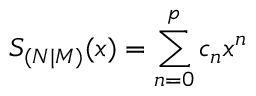
S _ { ( N | M ) } ( x ) = \sum _ { n = 0 } ^ { p } c _ { n } x ^ { n }